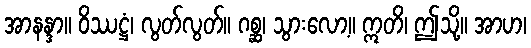
အာနန္ဒာ။ ဝိဿဋ္ဌံ၊ လွတ်လွတ်။ ဂစ္ဆ၊ သွားလော့။ ဣတိ၊ ဤသို့။ အာဟ၊